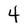
Character: 4